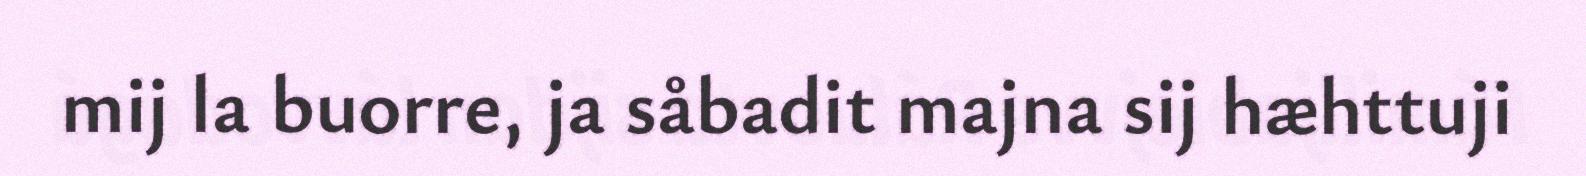
mij la buorre, ja såbadit majna sij hæhttuji